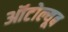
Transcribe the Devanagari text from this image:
ऑटोल्यूब